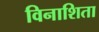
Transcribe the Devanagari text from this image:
विनाशिता